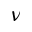
\nu